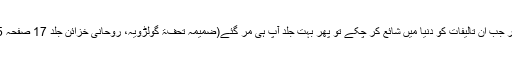
مگر جب ان تالیفات کو دنیا میں شائع کر چکے تو پھر بہت جلد آپ ہی مر گئے(ضمیمہ تحفۃ گولڑویہ، روحانی خزائن جلد 17 صفحہ 45۔